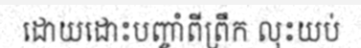
ដោយដោះបញ្ចាំពីព្រឹក លុះយប់